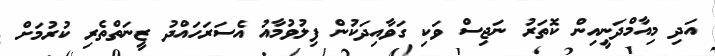
އަދި މިއާމްދަނީއިން ކޮތަރު ނަޖިސް ވަކި ގަވާއިދަކުން ފިލުވުމާއު އެސަރަހައްދު ޒީނަތްތެރި ކުރުމަށް